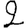
Digit: 2